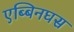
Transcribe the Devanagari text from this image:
एब्बिनघस